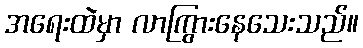
အရေးထဲမှာ လာကြွားနေသေးသည်။